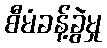
စီမံခန့်ခွဲမှု